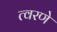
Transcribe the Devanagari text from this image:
त्वरणे